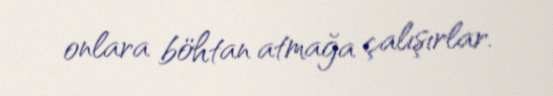
onlara böhtan atmağa çalışırlar.